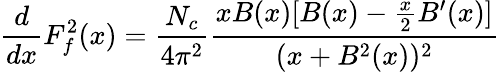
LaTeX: {\frac{d}{dx}}F_{f}^{2}(x)=\frac{N_{c}}{4\pi^{2}}{\frac{xB(x)[B(x)-{\frac{x}{2}}B^{\prime}(x)]}{(x+B^{2}(x))^{2}}}